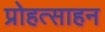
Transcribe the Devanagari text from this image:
प्रोहत्साहन